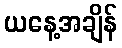
ယနေ့အချိန်